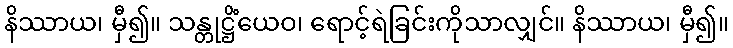
နိဿာယ၊ မှီ၍။ သန္တုဋ္ဌိံယေဝ၊ ရောင့်ရဲခြင်းကိုသာလျှင်။ နိဿာယ၊ မှီ၍။